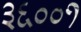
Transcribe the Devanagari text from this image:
३६००१